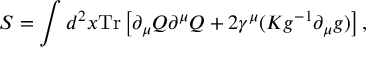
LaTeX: S = \int d ^ { 2 } x \mathrm { T r } \left[ \partial _ { \mu } Q \partial ^ { \mu } Q + 2 \gamma ^ { \mu } ( K g ^ { - 1 } \partial _ { \mu } g ) \right] ,